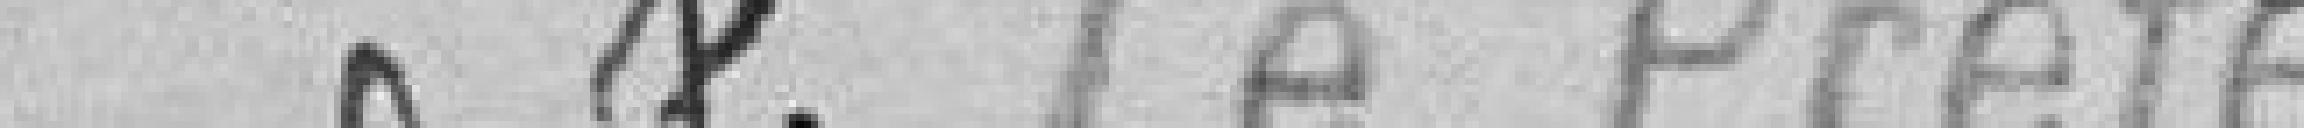
Pour le Préfet